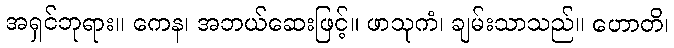
အရှင်ဘုရား။ ကေန၊ အဘယ်ဆေးဖြင့်။ ဖာသုကံ၊ ချမ်းသာသည်။ ဟောတိ၊